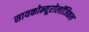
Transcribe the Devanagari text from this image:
सायकोन्यूरोलॉजिकल